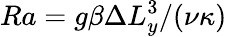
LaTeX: Ra=g\beta\Delta L_{y}^{3}/(\nu\kappa)